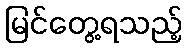
မြင်တွေ့ရသည့်